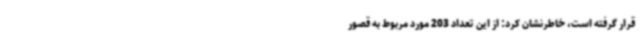
قرار گرفته است، خاطرنشان کرد: از این تعداد 203 مورد مربوط به قصور